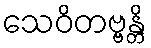
သေဝိတဗ္ဗန္တိ